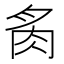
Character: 䏑